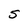
Character: S